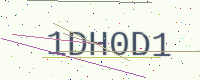
Text: 1DH0D1